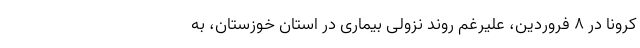
کرونا در ۸ فروردین، علیرغم روند نزولی بیماری در استان خوزستان، به